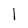
Character: l